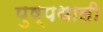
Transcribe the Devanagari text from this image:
पुष्पथाली